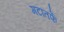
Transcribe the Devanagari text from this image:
गटांतर्फे